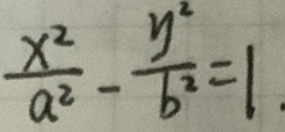
$\frac{x^{2}}{a^{2}}-\frac{y^{2}}{b^{2}} = 1$